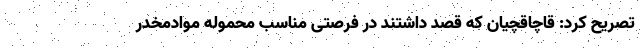
تصریح کرد: قاچاقچیان که قصد داشتند در فرصتی مناسب محموله موادمخدر